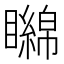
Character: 矊